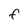
Character: f